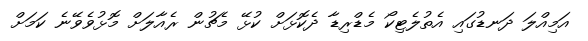
އަމިއްލަ ދަނޑުގައި އެތުލެޓިކޯ މެޑްރިޑާ ދެކޮޅަށް ކުޅޭ މެޗުން ރެއާލަށް މޮޅުވެވޭނެ ކަމަށް